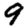
Digit: 9